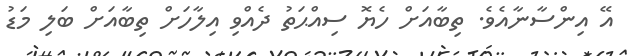
އޭ އިންސާނާއެވެ. ތިބާއަށް ހެޔޮ ސިއްޙަތު ދެއްވި އިލާހަށް ތިބާއަށް ބަލި މަޑު